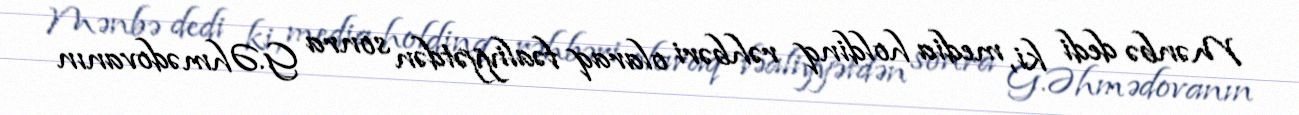
Mənbə dedi ki, media holdinq rəhbəri olaraq fəaliyyətdən sonra G.Əhmədovanın